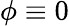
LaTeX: \phi\equiv 0